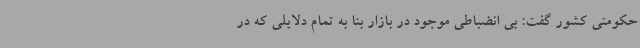
حکومتی کشور گفت: بی انضباطی موجود در بازار بنا به تمام دلایلی که در